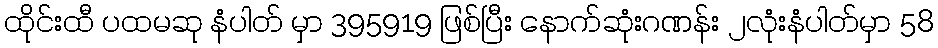
ထိုင်းထီ ပထမဆု နံပါတ် မှာ 395919 ဖြစ်ပြီး နောက်ဆုံးဂဏန်း ၂လုံးနံပါတ်မှာ 58